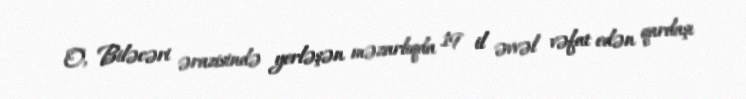
O, Biləcəri ərazisində yerləşən məzarlıqda 19 il əvvəl vəfat edən qardaşı